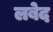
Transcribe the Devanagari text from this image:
लबेद